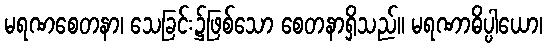
မရဏစေတနာ၊ သေခြင်း၌ဖြစ်သော စေတနာရှိသည်။ မရဏာဓိပ္ပါယော၊